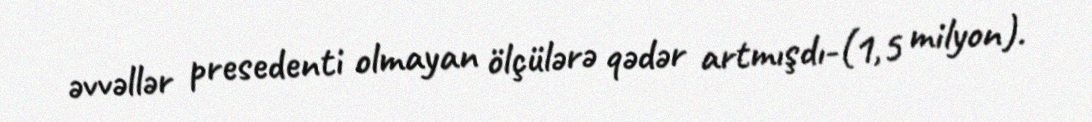
əvvəllər presedenti olmayan ölçülərə qədər artmışdı-(1,5 milyon).